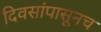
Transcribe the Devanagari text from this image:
दिवसांपासूनच